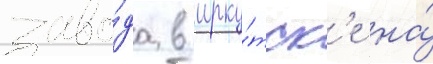
заво́да в ирку́тск'е на́